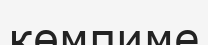
көмпиме